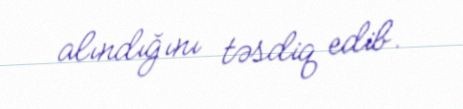
alındığını təsdiq edib.